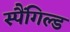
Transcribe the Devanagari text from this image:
स्पैंगिल्ड